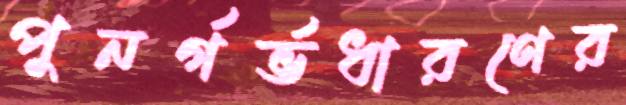
পুনর্গর্ভধারণের